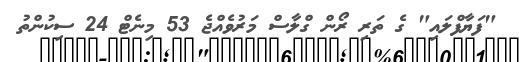
"ފަޔާފްލައި" ގެ ތަރި ރޯން ގްލާސް މަރުވެއްޖެ 53 މިނެޓް 24 ސިކުންތު